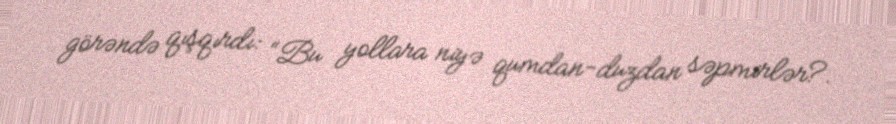
görəndə qışqırdı: “Bu yollara niyə qumdan-duzdan səpmirlər?.